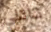
ناتلي